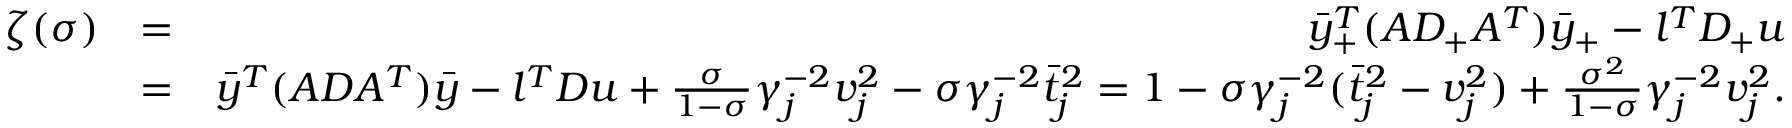
\begin{array} { r l r } { \zeta ( \sigma ) } & { = } & { \bar { y } _ { + } ^ { T } ( A D _ { + } A ^ { T } ) \bar { y } _ { + } - l ^ { T } D _ { + } u } \\ & { = } & { \bar { y } ^ { T } ( A D A ^ { T } ) \bar { y } - l ^ { T } D u + \frac { \sigma } { 1 - \sigma } \gamma _ { j } ^ { - 2 } v _ { j } ^ { 2 } - \sigma \gamma _ { j } ^ { - 2 } \bar { t } _ { j } ^ { 2 } = 1 - \sigma \gamma _ { j } ^ { - 2 } ( \bar { t } _ { j } ^ { 2 } - v _ { j } ^ { 2 } ) + \frac { \sigma ^ { 2 } } { 1 - \sigma } \gamma _ { j } ^ { - 2 } v _ { j } ^ { 2 } . } \end{array}